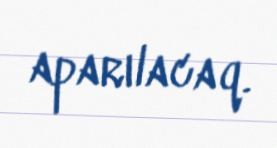
aparılacaq.